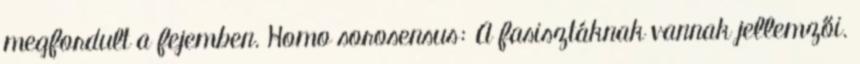
megfordult a fejemben. Homo sorosensus: A fasisztáknak vannak jellemzői.